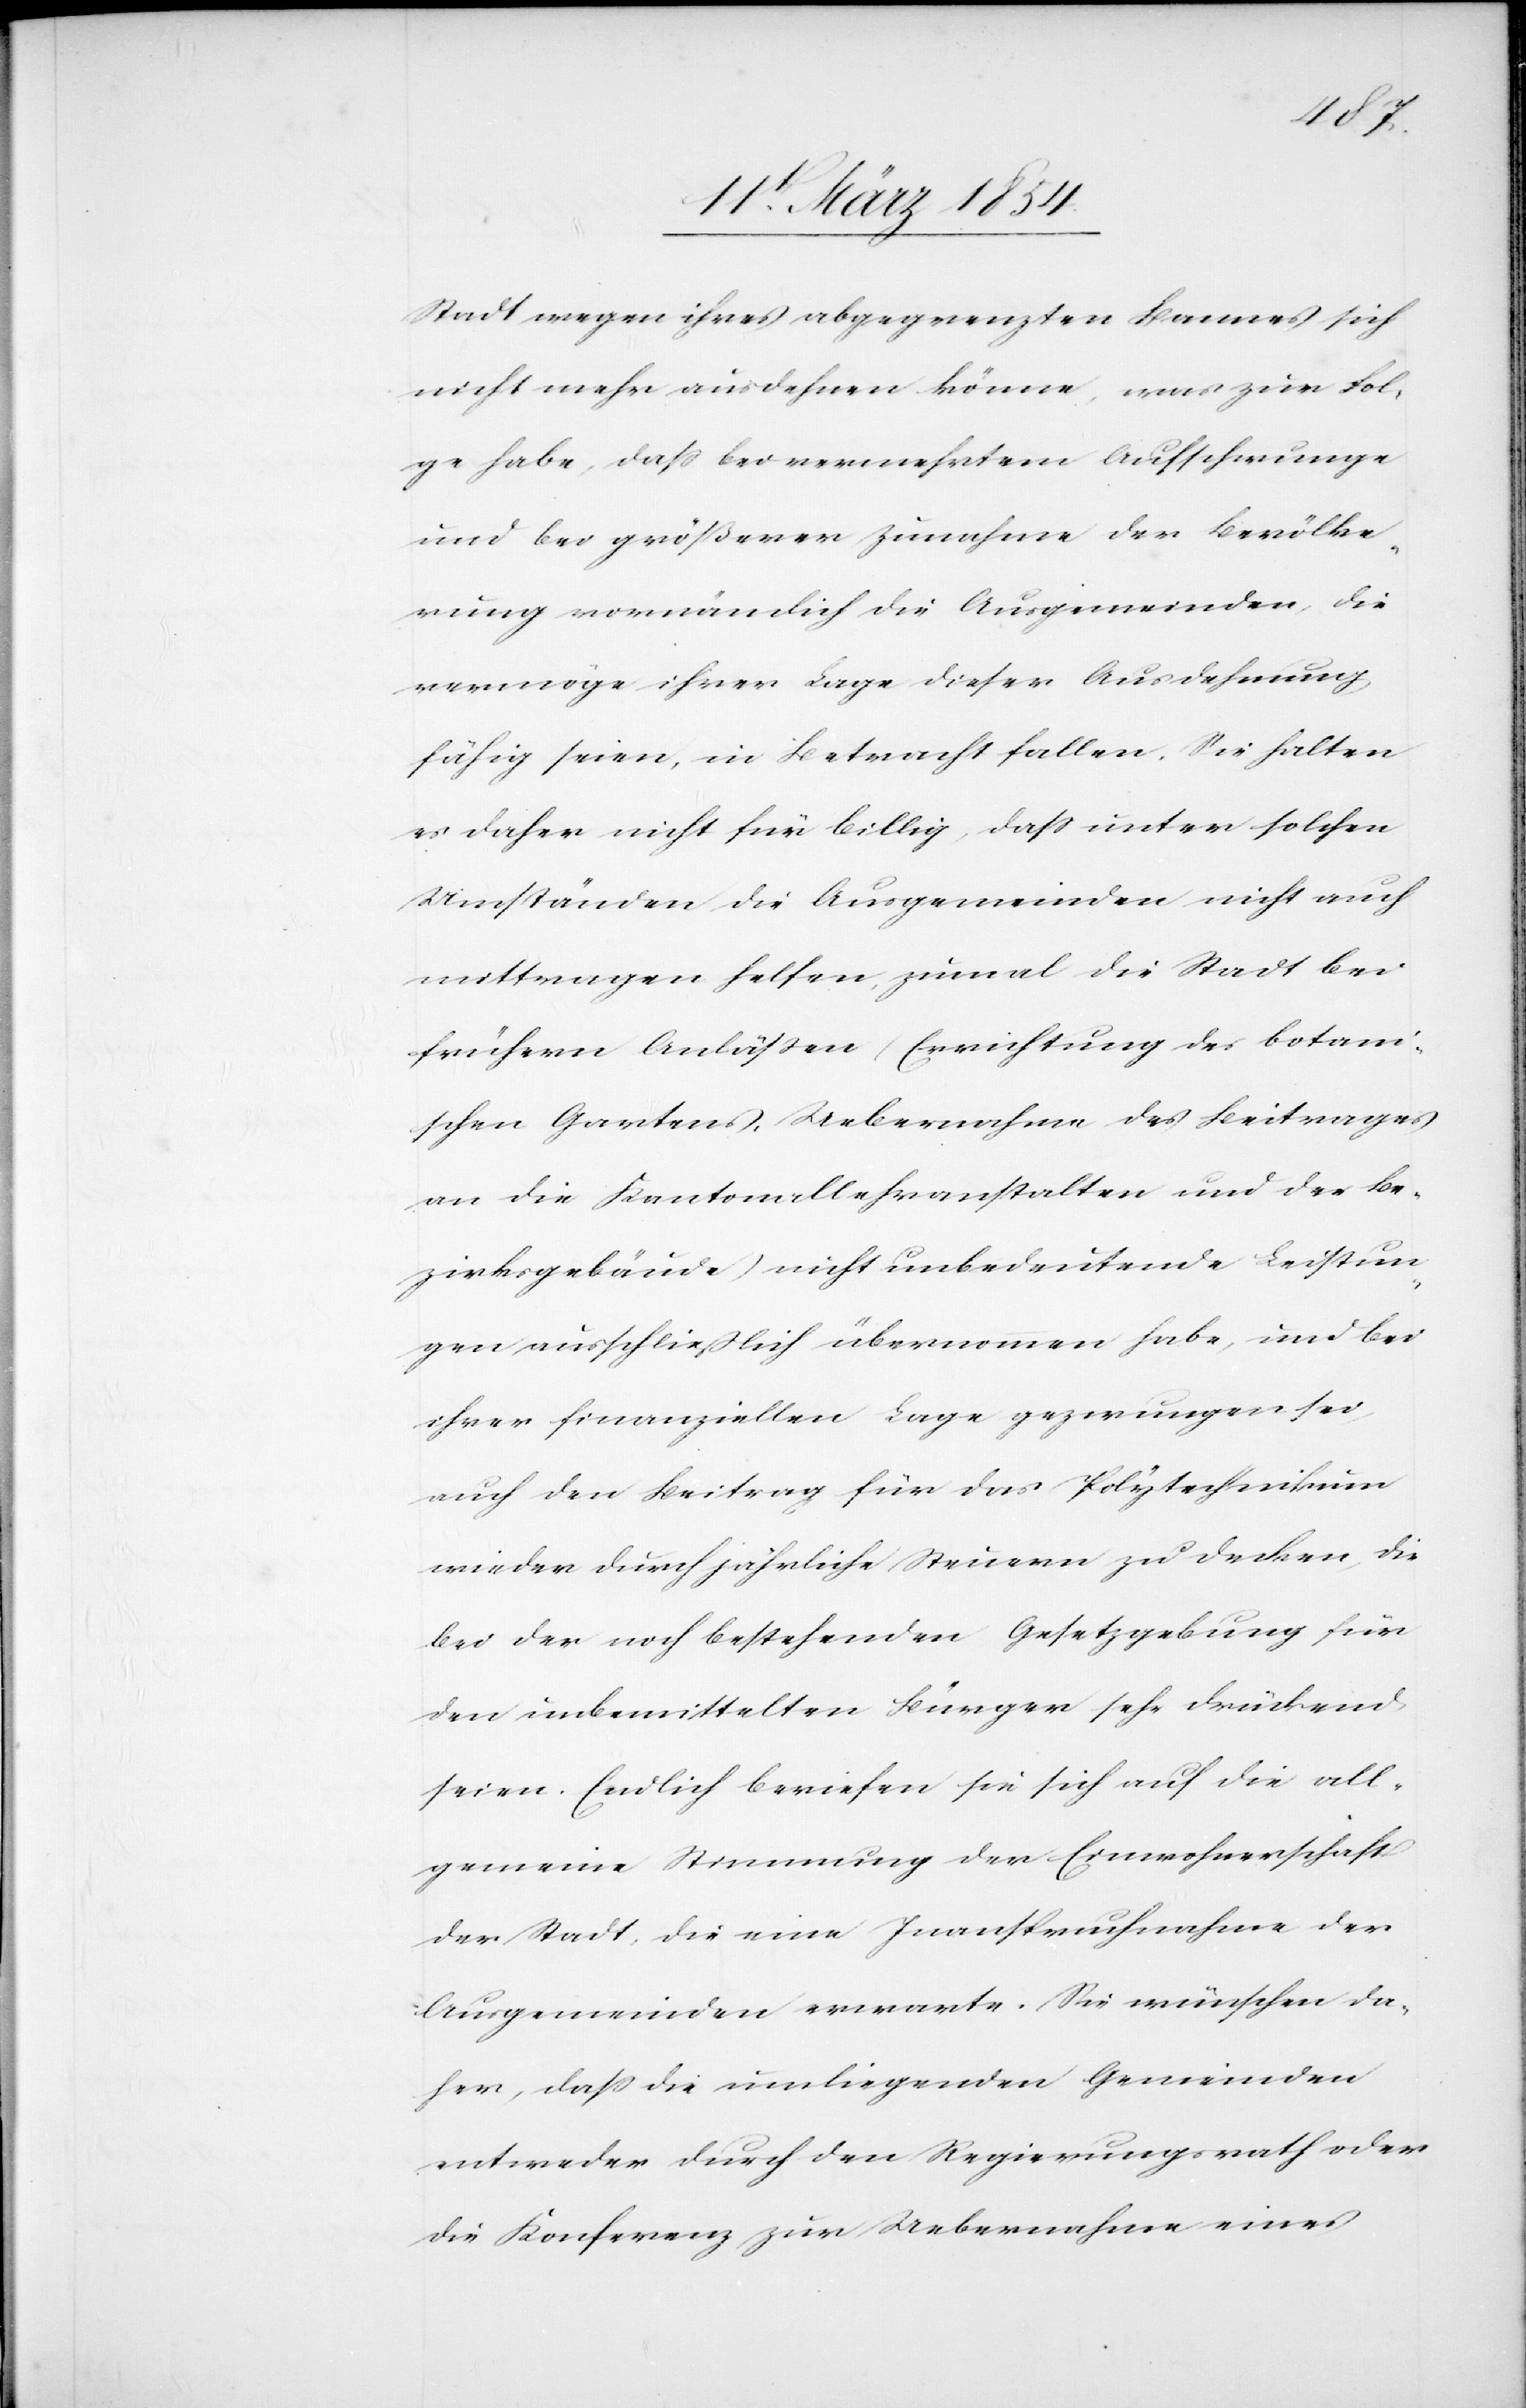
Stadt wegen ihres abgegrenzten Bannes sich
nicht mehr ausdehnen könne, was zur Fol¬
ge habe, daß bei vermehrtem Aufschwunge
und bei größerer Zunahme der Bevölke¬
rung vornämlich die Ausgemeinden, die
vermöge ihrer Lage dieser Ausdehnung
fähig seien, in Betracht fallen. Sie halten
es daher nicht für billig, daß unter solchen
Umständen die Ausgemeinden nicht auch
mittragen helfen, zumal die Stadt bei
frühern Anläßen (Errichtung des botani¬
schen Gartens, Uebernahme des Beitrages
an die Kantonallehranstalten und der Be¬
zirksgebäude) nicht unbedeutende Leistun¬
gen ausschließlich übernommen habe, und bei
ihrer finanziellen Lage gezwungen sei,
auch den Beitrag für das Polytechnikum
wieder durch jährliche Steuern zu decken, die
bei der noch bestehenden Gesetzgebung für
den unbemittelten Bürger sehr drückend
seien. Endlich beriefen sie sich auf die all¬
gemeine Stimmung der Einwohnerschaft
der Stadt, die eine Inanspruchnahme der
Ausgemeinden erwarte. Sie wünschen da¬
her, daß die umliegenden Gemeinden
entweder durch den Regierungsrath oder
die Konferenz zur Uebernahme eines